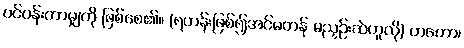
ပင်ပန်းကာမျှကို ဖြစ်စေ၏။ (ရဟန်းဖြစ်၍အင်မတန် မညှဉ်းဆဲဟူလို) တတော၊